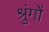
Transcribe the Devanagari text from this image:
श्रुंगों